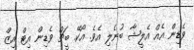
ވެޑިން އެއް އެލީޝާ ބުނެލި އެވެ. އޯކޭ. ބީޗް ވެޑިން އިޓް އިޒް